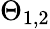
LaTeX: \Theta_{1,2}